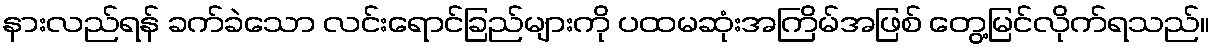
နားလည်ရန် ခက်ခဲသော လင်းရောင်ခြည်များကို ပထမဆုံးအကြိမ်အဖြစ် တွေ့မြင်လိုက်ရသည်။